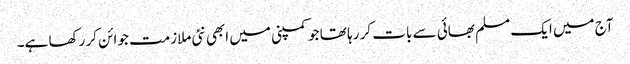
آج میں ایک مسلم بھائی سے بات کر رہا تھا جو کمپنی میں ابھی نئی ملازمت جوائن کر رکھا ہے۔